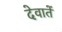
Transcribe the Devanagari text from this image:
देवातें